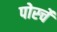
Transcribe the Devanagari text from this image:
पोर्स्चे